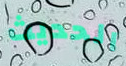
الحديث